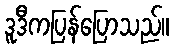
ဒူဒီကပြန်ပြောသည်။